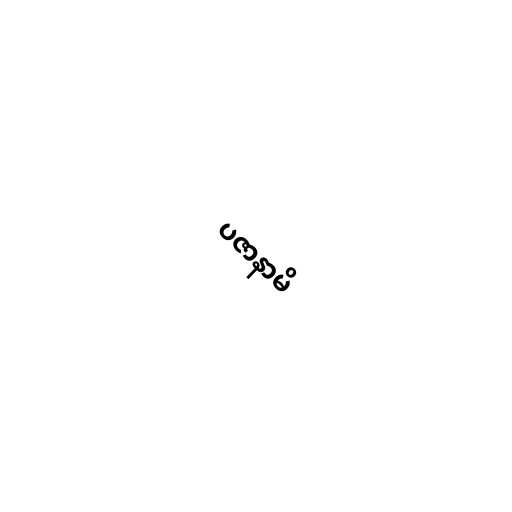
ပဇာနာမိ